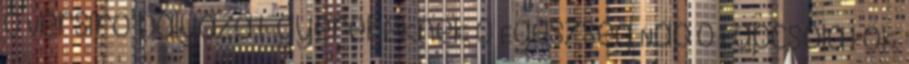
0 Versíró pályázat gyerekeknek 0 Egészség Nap 0 Kapcsolatok